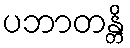
ပဘာတန္တိ